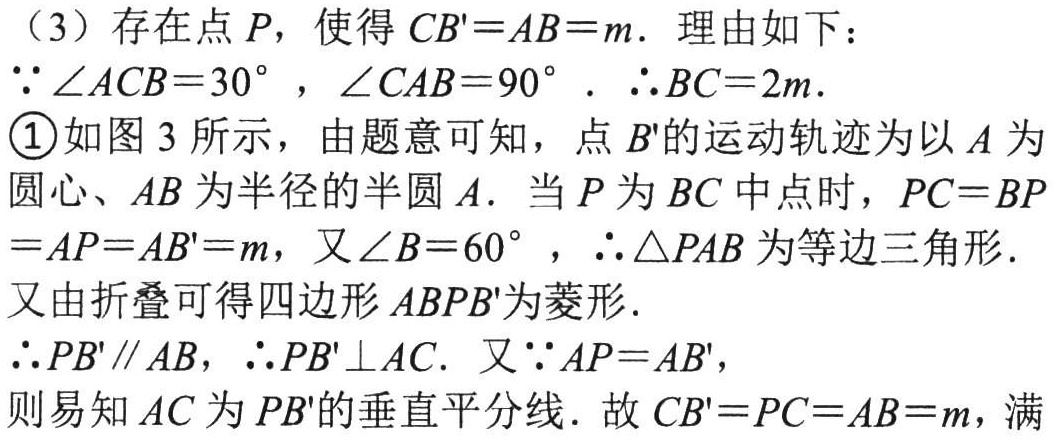
（3）存在点\(P\)，使得\(CB' = AB = m\). 理由如下：
\(\because\angle ACB = 30^{\circ}\)，\(\angle CAB = 90^{\circ}\). \(\therefore BC = 2m\).
\textcircled{1}如图3所示，由题意可知，点\(B'\)的运动轨迹为以\(A\)为圆心、\(AB\)为半径的半圆\(A\). 当\(P\)为\(BC\)中点时，\(PC = BP=AP = AB' = m\)，又\(\angle B = 60^{\circ}\)，\(\therefore\triangle PAB\)为等边三角形.
又由折叠可得四边形\(ABPB'\)为菱形.
\(\therefore PB'\parallel AB\)，\(\therefore PB'\perp AC\). 又\(\because AP = AB'\)，
则易知\(AC\)为\(PB'\)的垂直平分线. 故\(CB' = PC = AB = m\)，满